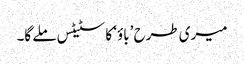
میری طرح ’باؤ‘ کا سٹیٹس ملے گا۔